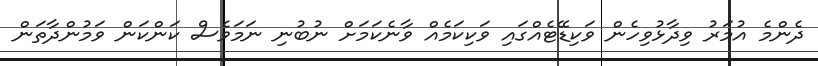
ދެންމެ އުމަރު ވިދާޅުވިހެން ވަކިޑޭޓެއްގައި ވަކިކަމެއް ވާނެކަމަށް ނުބުނި ނަމަވެސް ކަންކަން ވަމުންދާތަން